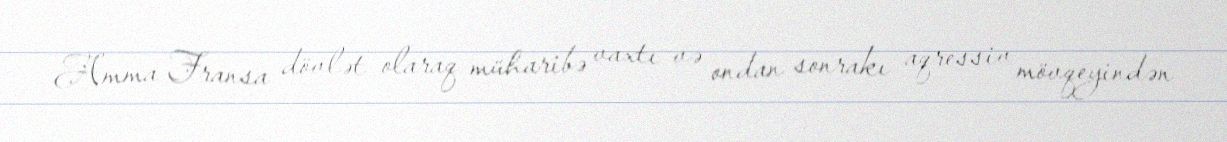
Amma Fransa dövlət olaraq müharibə vaxtı və ondan sonrakı aqressiv mövqeyindən